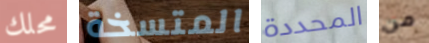
محلك المتسخة المحددة من